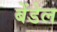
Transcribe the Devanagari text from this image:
बेंडेल